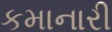
કમાનારી